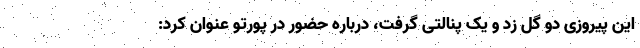
این پیروزی دو گل زد و یک پنالتی گرفت، درباره حضور در پورتو عنوان کرد: